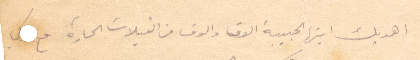
اهديك ايتها الحبيبة الوف والوف من الفبلات الحارة ومع كل